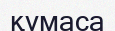
қумаса